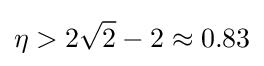
\eta >2{\sqrt {2}}-2\approx 0.83